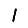
Digit: 1